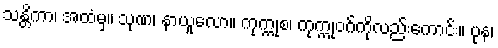
သန္တိကာ၊ အထံမှ။ သုဏ၊ နာယူလော။ ကုက္ကုစ၊ ကုက္ကုဝဂ်ကိုလည်းကောင်း။ ပုန၊